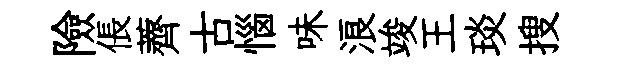
險倀薺古惱味浪竣王琰搜